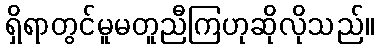
ရှိရာတွင်မူမတူညီကြဟုဆိုလိုသည်။